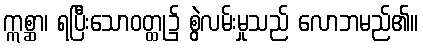
ဣစ္ဆာ၊ ရပြီးသောဝတ္ထု၌ စွဲလမ်းမှုသည် လောဘမည်၏။